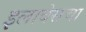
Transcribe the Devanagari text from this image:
इलावेसचा